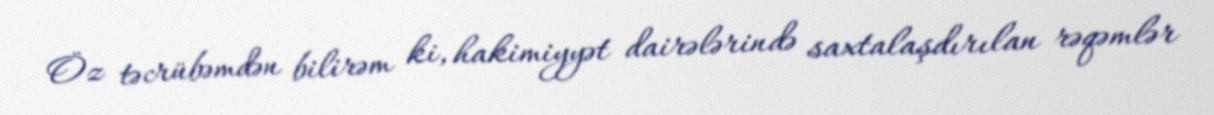
Öz təcrübəmdən bilirəm ki, hakimiyyət dairələrində saxtalaşdırılan rəqəmlər